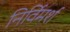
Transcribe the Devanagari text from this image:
निर्विमर्श